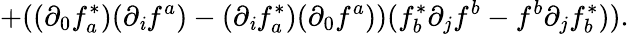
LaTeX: +((\partial_{0}f_{a}^{*})(\partial_{\mathit{i}}f^{a})-(\partial_{\mathit{i}}f_{a}^{*})(\partial_{0}f^{a}))(f_{b}^{*}\partial_{j}f^{b}-f^{b}\partial_{j}f_{b}^{*})).